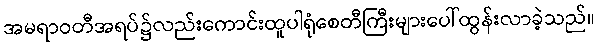
အမရာဝတီအရပ်၌လည်းကောင်းထူပါရုံစေတီကြီးများပေါ်ထွန်းလာခဲ့သည်။